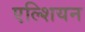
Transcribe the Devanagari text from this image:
एल्शियन